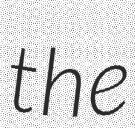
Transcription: the